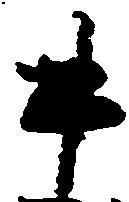
牛